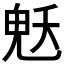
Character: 𮫜